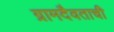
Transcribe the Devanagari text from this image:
ग्रामदैवताची